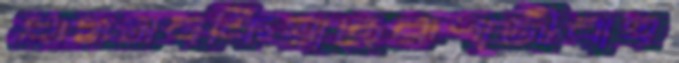
থমসবকিয়াছেরূপাজীবাহ